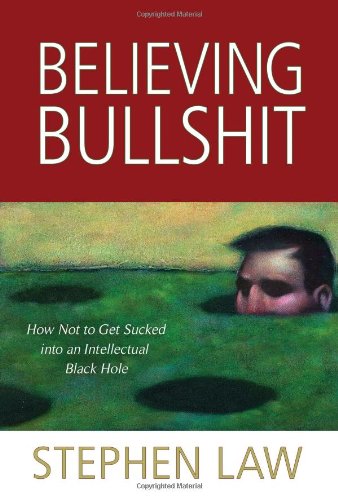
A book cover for Believing Bullshit: How Not to Get Sucked into an Intellectual Black Hole; Stephen Law; Politics & Social Sciences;